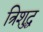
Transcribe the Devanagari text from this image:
त्रिशुद्ध